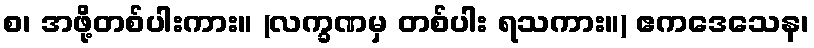
စ၊ အဖို့တစ်ပါးကား။ (လက္ခဏမှ တစ်ပါး ရသကား။) ဧကဒေသေန၊